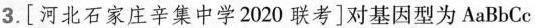
3.[河北石家庄辛集中学2020联考]对基因型为AaBbCc